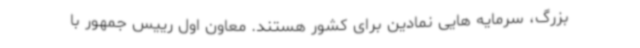
بزرگ، سرمایه هایی نمادین برای کشور هستند. معاون اول رییس جمهور با